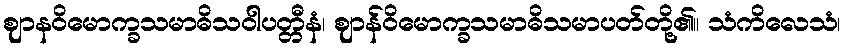
ဈာနဝိမောက္ခသမာဓိသဝါပတ္တီနံ၊ ဈာန်ဝိမောက္ခသမာဓိသမာပတ်တို့၏။ သံကိလေသံ၊